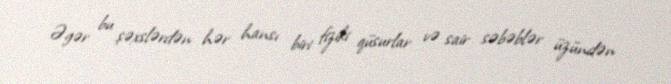
Əgər bu şəxslərdən hər hansı biri fiziki qüsurlar və sair səbəblər üzündən